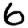
Digit: 6